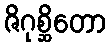
ဇိဂုစ္ဆိတော